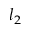
l _ { 2 }